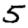
Digit: 5